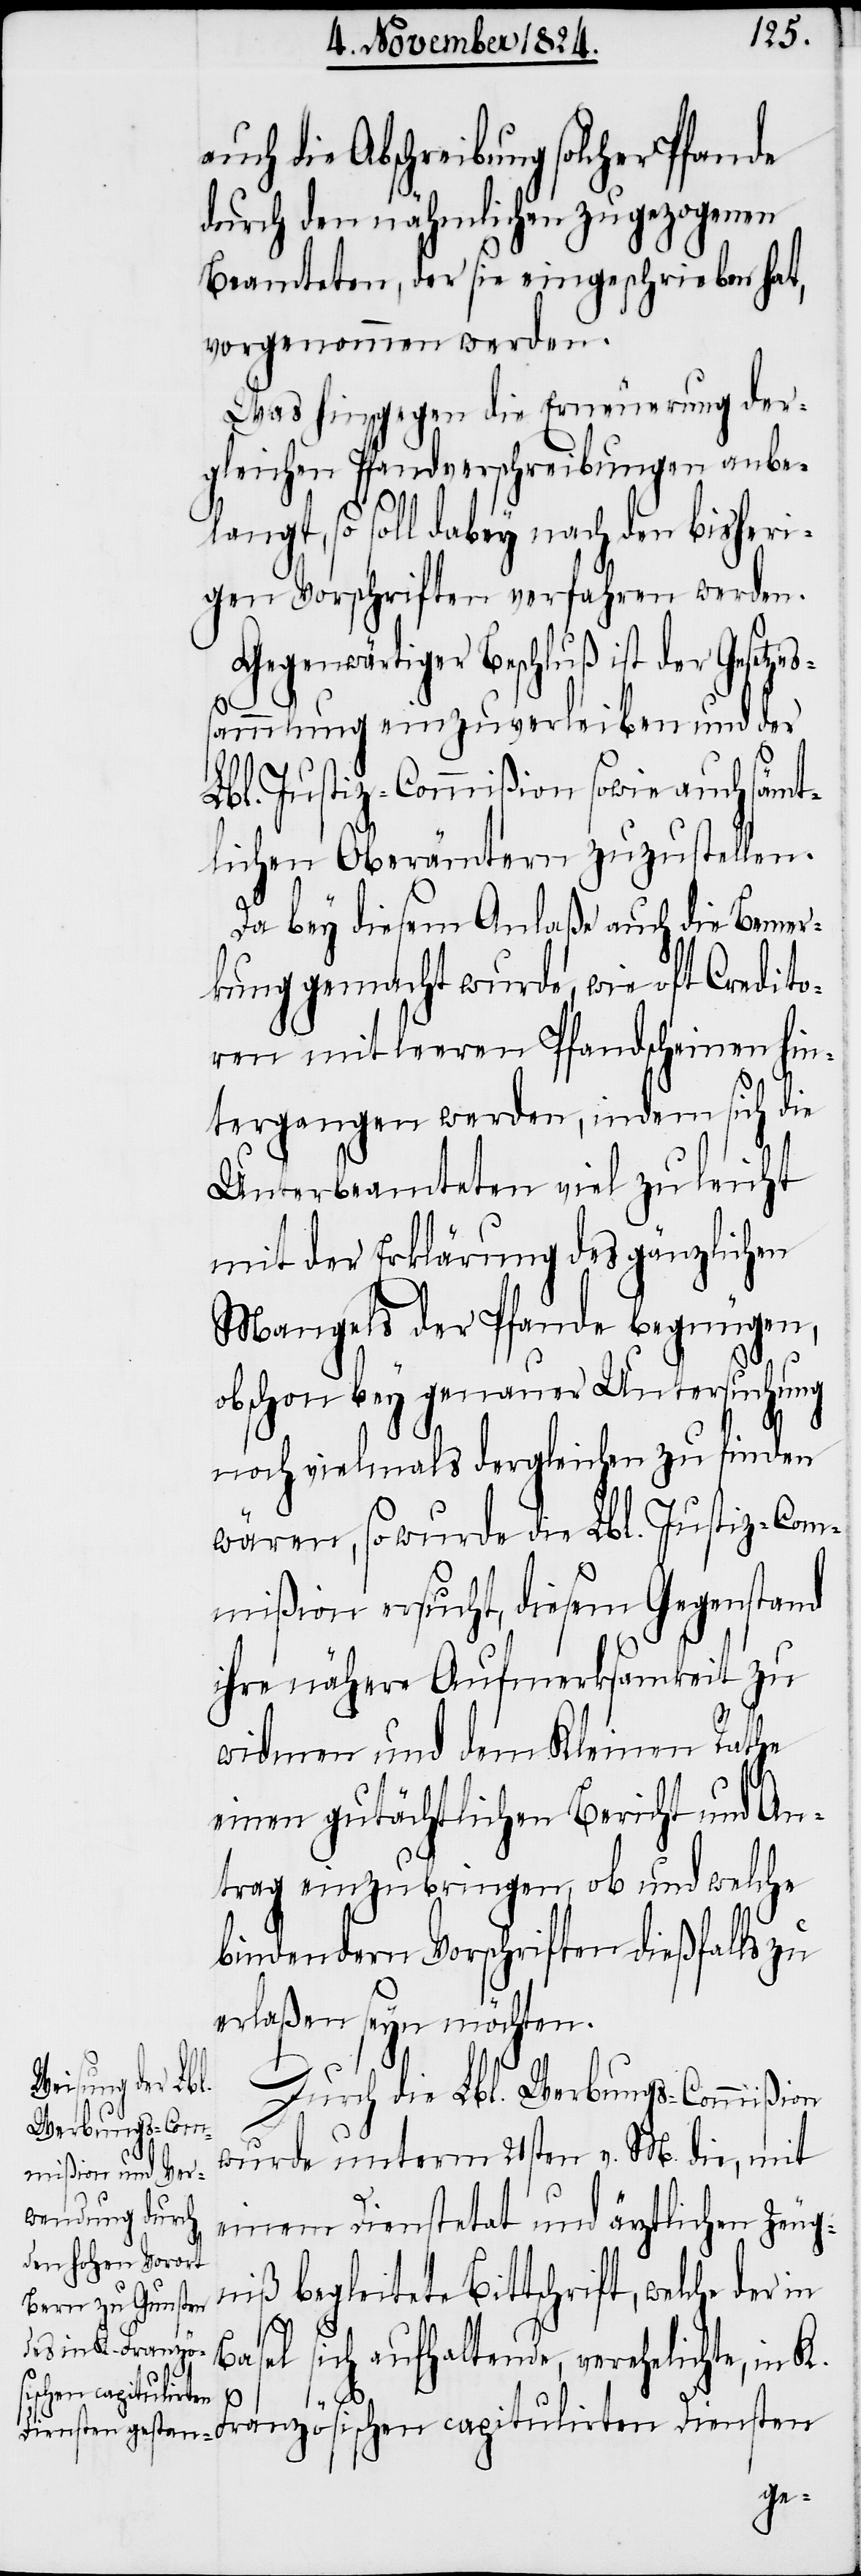
auch die Abschreibung solcher Pfande
durch den nähmlichen zugezogenen
Beamteten, der sie eingeschrieben hat,
vorgenommen werden.
Was hingegen die Erneuerung der¬
gleichen Pfandverschreibungen anbe¬
langt, so soll dabey nach den bisheri¬
gen Vorschriften verfahren werden.
Gegenwärtiger Beschluß ist der Gesetzes¬
sammlung einzuverleiben und der
Lbl. Justiz-Commißion sowie auch sämt¬
lichen Oberämtern zuzustellen.
Da bey diesem Anlaße auch die Bemer¬
kung gemacht wurde, wie oft Credito¬
ren mit leeren Pfandscheinen hin¬
tergangen werden, in¬
Unterbeamteten viel
mit der Erklärung des gänzlichen
Mangels der Pfande begnügen,
obschon bey genauer Untersuchung
noch vielmals dergleichen zu finden
wären, so wurde die Lbl. Justiz-Com¬
mißion ersucht, diesem Gegenstand
ihre nähere Aufmerksamkeit zu
widmen und dem Kleinen Rathe
einen gutächtlichen Bericht und An¬
trag einzubringen, ob und welche
bindenden Vorschriften dießfalls zu
erlaßen seyn möchten.
Durch die Lbl. Werbungs-Commißion
wurde unterm 21sten v. M. die, mit
einem Dienstetat und ärztlichen Zeug¬
niß begleitete Bittschrift, welche der
in
Bas¬
el sich aufhaltende, verehelichte, in
K.
Französischen capitulirten Diensten